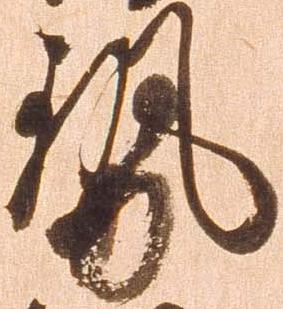
勢